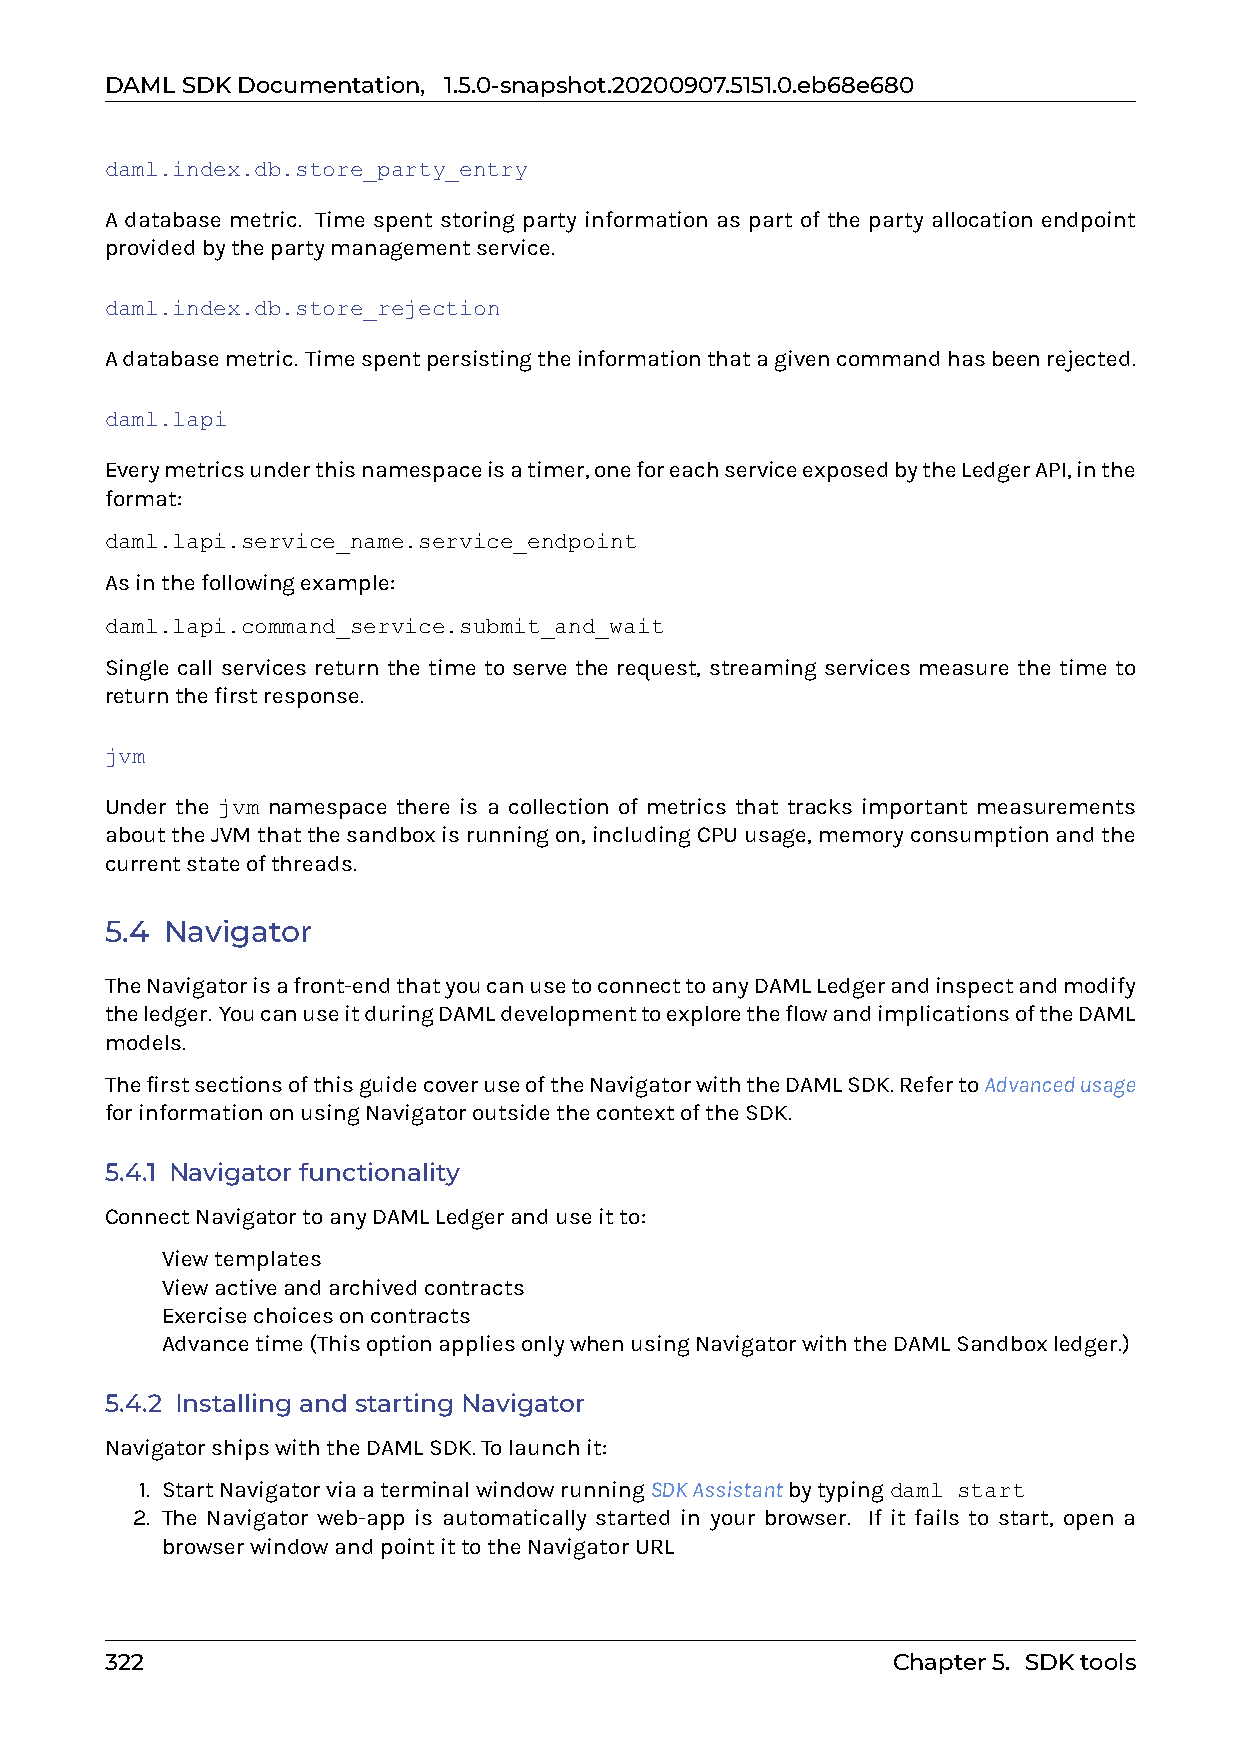
DAMLSDKDocumentation, 1.5.0-snapshot.20200907.5151.0.eb68e680
 daml.index.db.store_party_entry
 A database metric. Time spent storing party information as part of the party allocation endpoint
 providedbythepartymanagementservice.
 daml.index.db.store_rejection
 Adatabasemetric. Timespentpersistingtheinformationthatagivencommandhasbeenrejected.
 daml.lapi
 Everymetricsunderthisnamespaceisatimer,oneforeachserviceexposedbytheLedgerAPI,inthe
 format:
 daml.lapi.service_name.service_endpoint
 Asinthefollowingexample:
 daml.lapi.command_service.submit_and_wait
 Single call services return the time to serve the request, streaming services measure the time to
 returnthefirstresponse.
 jvm
 Under the jvm namespace there is a collection of metrics that tracks important measurements
 abouttheJVMthatthesandboxisrunningon,includingCPUusage,memoryconsumptionandthe
 currentstateofthreads.
 5.4 Navigator
 TheNavigatorisafront-endthatyoucanusetoconnecttoanyDAMLLedgerandinspectandmodify
 theledger. YoucanuseitduringDAMLdevelopmenttoexploretheflowandimplicationsoftheDAML
 models.
 ThefirstsectionsofthisguidecoveruseoftheNavigatorwiththeDAMLSDK.RefertoAdvancedusage
 forinformationonusingNavigatoroutsidethecontextoftheSDK.
 5.4.1 Navigator functionality
 ConnectNavigatortoanyDAMLLedgeranduseitto:
 0 Viewtemplates
 0 Viewactiveandarchivedcontracts
 0 Exercisechoicesoncontracts
 0 Advancetime(ThisoptionappliesonlywhenusingNavigatorwiththeDAMLSandboxledger.)
 5.4.2 Installing and starting Navigator
 NavigatorshipswiththeDAMLSDK.Tolaunchit:
 1. StartNavigatorviaaterminalwindowrunningSDKAssistantbytypingdaml start
 2. The Navigator web-app is automatically started in your browser. If it fails to start, open a
 browserwindowandpointittotheNavigatorURL
 322                                                 Chapter5. SDKtools